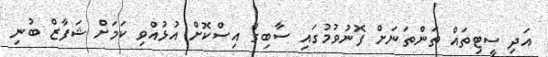
އަދި ސީޓިތައް ތަންތަނަށް ފޮނުވުމުގައި ސާބިގް އިސްކޮށް އުޅުއްވި ކަމަށް ޝަފާޒް ބުނި